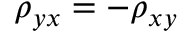
\rho _ { y x } = - \rho _ { x y }